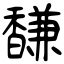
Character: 馦